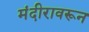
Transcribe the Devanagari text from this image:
मंदीरावरून